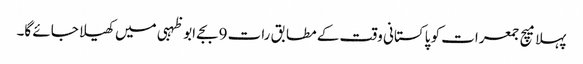
پہلا میچ جمعرات کو پاکستانی وقت کے مطابق رات 9بجے ابوظہبی میں کھیلا جائے گا۔